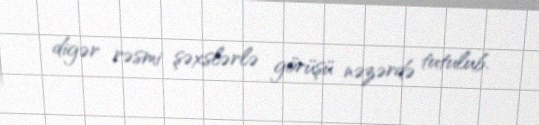
digər rəsmi şəxslərlə görüşü nəzərdə tutulub.